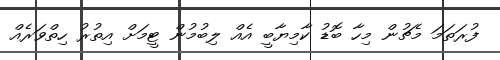
ފުރަތަމަ މެޗުން މިހާ ބޮޑު ކާމިޔާބީ އެއް ލިބުމުން ޓީމަށް އިތުރު ހިތްވަރެއް